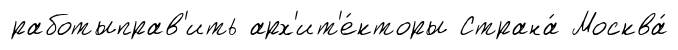
работыправ'ить арх'ит'е́кторы Страна́ Москва́